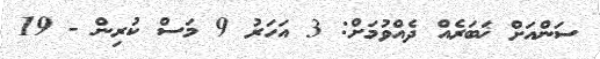
ސަންއަށް ޚަބަރެއް ދެއްވުމަށް: 3 އަހަރު 9 މަސް ކުރިން - 19